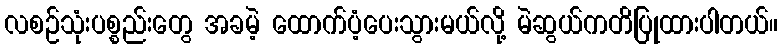
လစဉ်သုံးပစ္စည်းတွေ အခမဲ့ ထောက်ပံ့ပေးသွားမယ်လို့ မဲဆွယ်ကတိပြုထားပါတယ်။